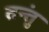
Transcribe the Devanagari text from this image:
तन्तुं